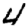
Digit: 4